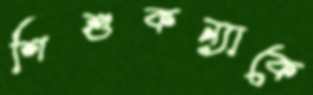
শিশুকন্যাকে